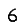
Digit: 6